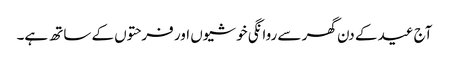
آج عید کے دن گھر سے روانگی خوشیوں اور فرحتوں کے ساتھ ہے۔